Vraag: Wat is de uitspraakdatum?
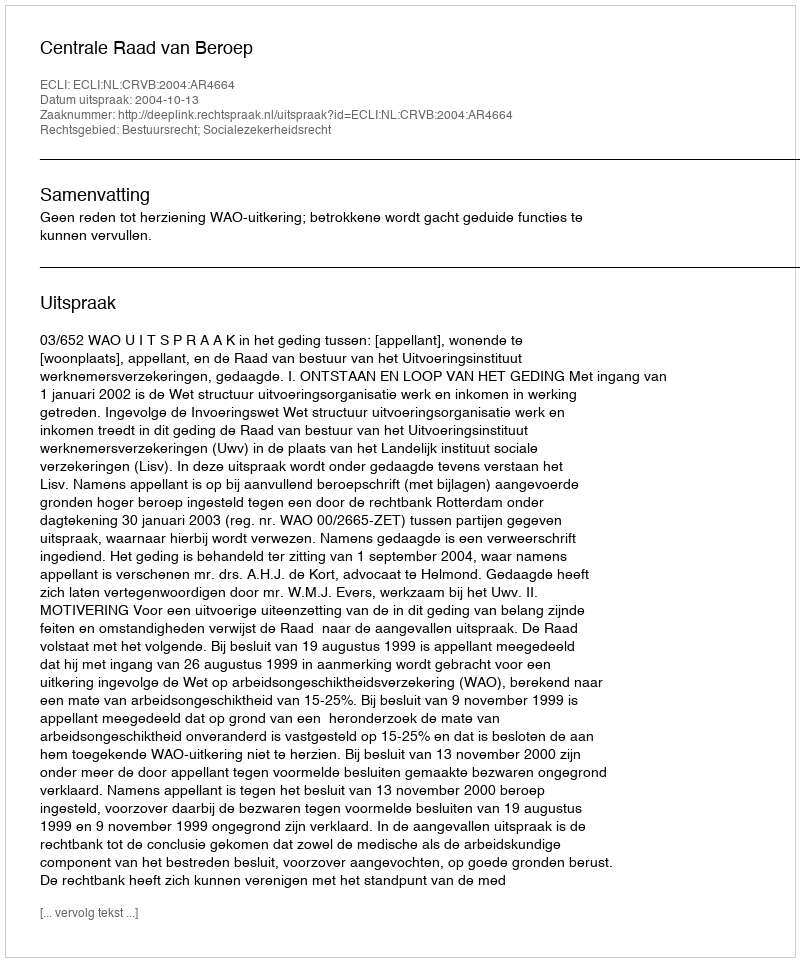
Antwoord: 2004-10-13